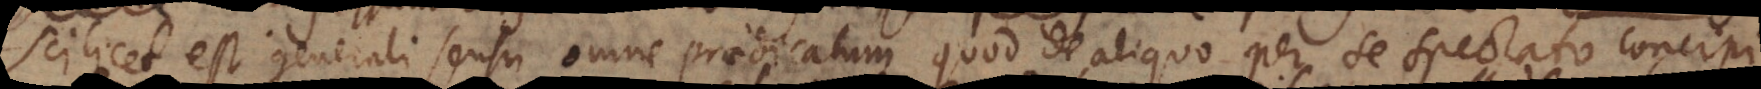
scilicet est generali sensu omne praedicatum quod de aliquo per se spectato concipi